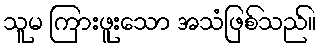
သူမ ကြားဖူးသော အသံဖြစ်သည်။